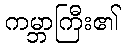
ကမ္ဘာကြီး၏